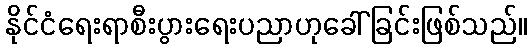
နိုင်ငံရေးရာစီးပွားရေးပညာဟုခေါ်ခြင်းဖြစ်သည်။